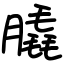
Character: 膬